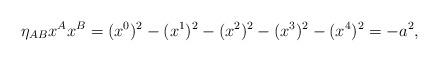
LaTeX: \begin{align*}\eta_{AB}x^A x^B =(x^0)^2 -(x^1)^2 -(x^2)^2 -(x^3)^2 -(x^4)^2 = - a^2,\end{align*}